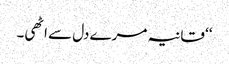
‘‘ قانیہ مرے دل سے اٹھی۔